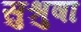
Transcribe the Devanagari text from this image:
सुश्रुषा